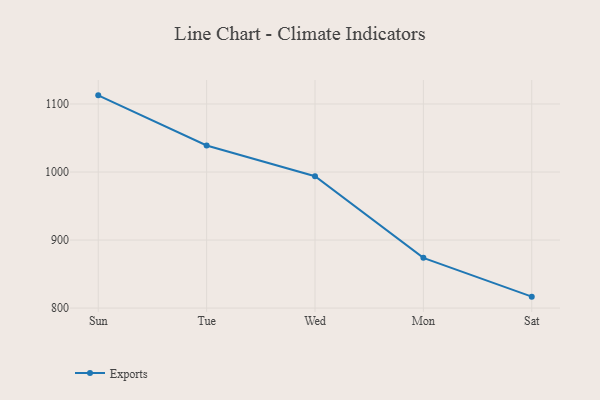
{"axis": {"x": "Day", "y": "Active Users"}, "legend": ["Exports"], "data": [{"x": "Sun", "y": 1112.7, "type": "Exports"}, {"x": "Tue", "y": 1039.0, "type": "Exports"}, {"x": "Wed", "y": 993.8, "type": "Exports"}, {"x": "Mon", "y": 873.8, "type": "Exports"}, {"x": "Sat", "y": 816.8, "type": "Exports"}]}